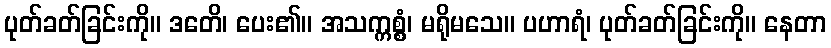
ပုတ်ခတ်ခြင်းကို။ ဒတေိ၊ ပေး၏။ အသက္ကစ္စံ၊ မရိုမသေ။ ပဟာရံ၊ ပုတ်ခတ်ခြင်းကို။ နေတာ